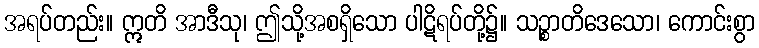
အရပ်တည်း။ ဣတိ အာဒီသု၊ ဤသို့အစရှိသော ပါဋိရပ်တို့၌။ သဉ္စာတိဒေသော၊ ကောင်းစွာ